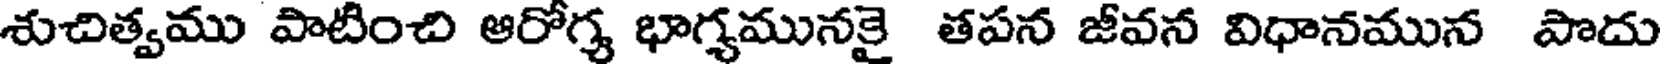
శుచిత్వము పాటించి ఆరోగ్య భాగ్యమునకై తపన జీవన విధానమున పొదు